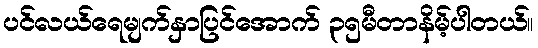
ပင်လယ်ရေမျက်နှာပြင်အောက် ၃၅မီတာနိမ့်ပါတယ်။